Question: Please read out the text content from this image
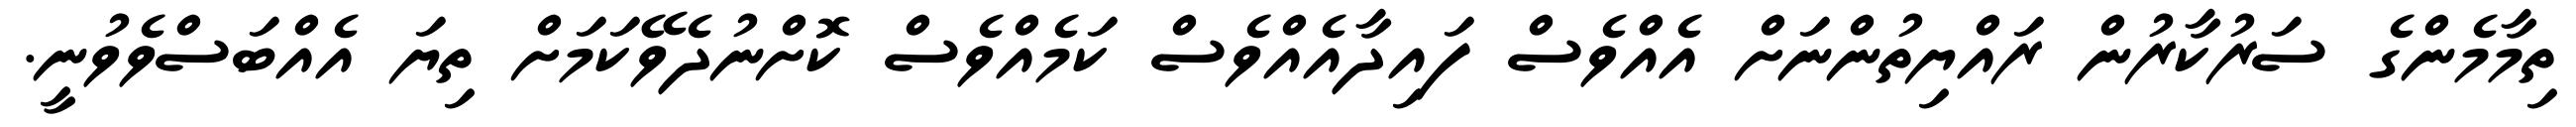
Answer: ތިމާމެންގެ ސަރުކާރުން ރައްޔިތުންނަށް އެއްވެސް ފައިދާއެއްވެސް ކަމެއްވެސް ކޮށްނުދެވޭކަމަށް ތިޔަ އެއްބަސްވެވުނީ.